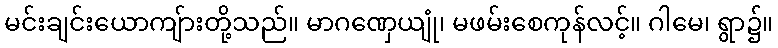
မင်းချင်းယောကျ်ားတို့သည်။ မာဂဏှေယျုံ၊ မဖမ်းစေကုန်လင့်။ ဂါမေ၊ ရွာ၌။